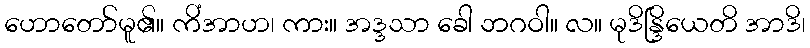
ဟောတော်မူ၏။ ကိံအာဟ၊ ကား။ အဒ္ဒသာ ခေါ ဘဂဝါ။ လ။ မုဒိန္ဒြိယေတိ အာဒိ၊